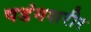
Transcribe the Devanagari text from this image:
षडंगशरीर